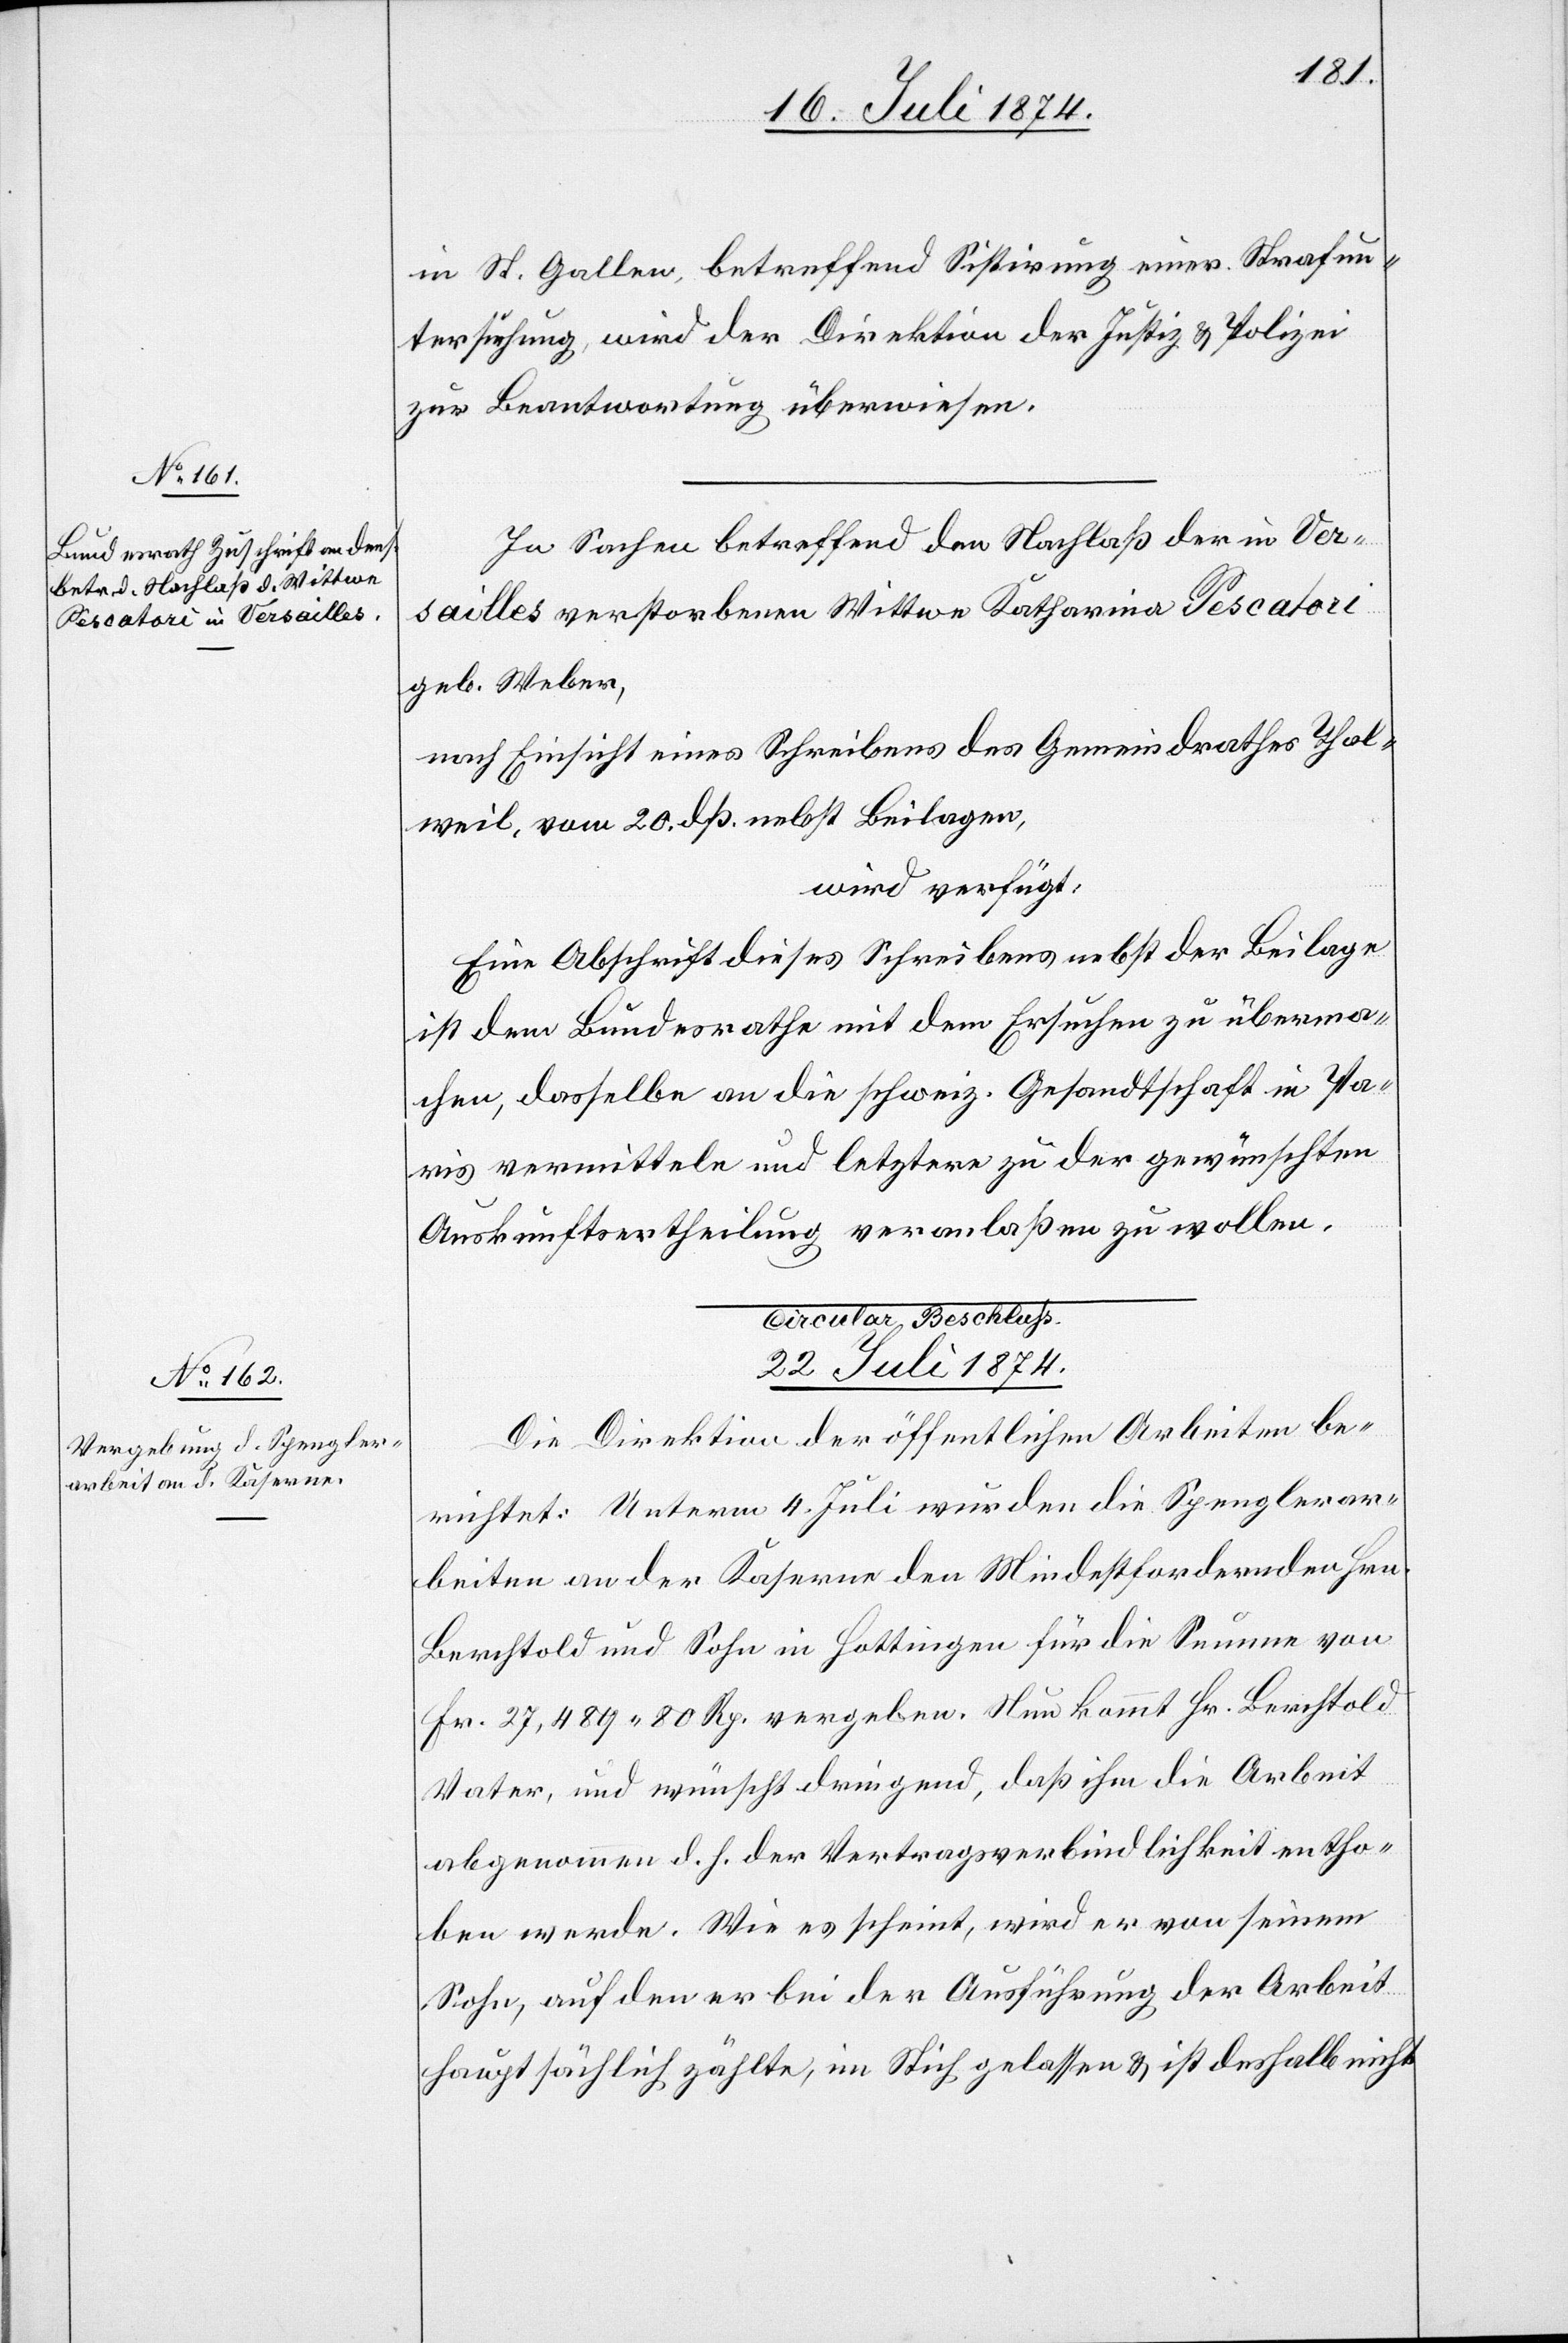
21. Juli 1874.]
in St. Gallen, betreffend Sistirung einer Strafun¬
tersuchung, wird der Direktion der Justiz u. Polizei
zur Beantwortung überwiesen.
In Sachen betreffend den Nachlaß der in Ver¬
sailles verstorbenen Wittwe Katharina Pescatori
geb. Weber,
nach Einsicht eines Schreibens des Gemeindrathes Thal¬
weil, vom 20. dß. nebst Beilagen,
wird verfügt:
Eine Abschrift dieses Schreibens nebst der Beilage
ist dem Bundesrathe mit dem Ersuchen zu überma¬
chen, dasselbe an die schweiz. Gesandtschaft in Pa¬
ris vermitteln und letztere zu der gewünschten
Auskunftsertheilung veranlaßen zu wollen.
Cirkular Beschluß.
22. Juli 1874.
Die Direktion der öffentlichen Arbeiten be¬
richtet: Unterm 4. Juli wurden die Spenglerar¬
beiten an der Kaserne den Mindestfordernden Hrn.
Berchtold und Sohn in Hottingen für die Summe von
Fr. 27,489.80 Rp. vergeben. Nun kommt Hr. Berchtold
Vater, und wünscht dringend, daß ihm die Arbeit
abgenommen d. h. der Vertragsverbindlichkeit entho¬
ben werde. Wie es scheint, wird er von seinem
Sohn, auf den er bei der Ausführung der Arbeit
hauptsächlich zählte, im Stich gelassen u. ist deshalb nicht